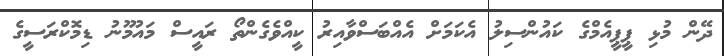
ދޭން މުޅި ޕީޕީއެމްގެ ކައުންސިލު އެކަމަށް އެއްބަސްވާއިރު ކީއްވެގެންތޯ ރައީސް މައުމޫނު ޑިމޮކްރަސީގެ